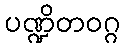
ပဏ္ဍိတဝဂ္ဂ